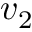
v _ { 2 }